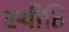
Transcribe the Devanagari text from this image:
स्थीति